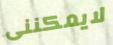
لايمكننى